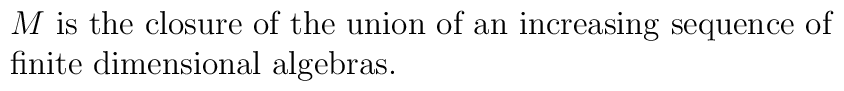
\matrix{&M \ \hbox{is the closure of the union of an increasing sequence of} \cr  &\hbox{finite dimensional algebras.} \hfill \cr}